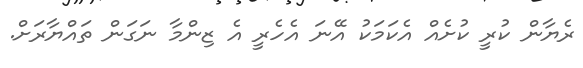
ރެޔާން ކުރީ ކުށެއް އެކަމަކު އޭނަ އެހެރީ އެ ޒިންމާ ނަގަން ތައްޔާރަށް.